Civil Veterinary Department Bihar & Orissa reports 1922-29 - 1922-1929
Year: 1922
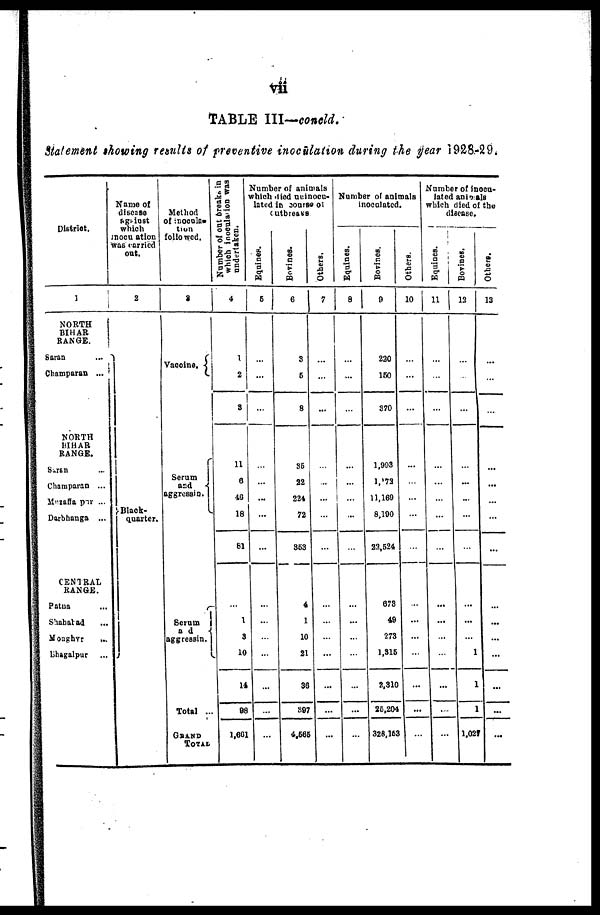
vii
TABLE III—concld.
Statement showing results of preventive inoculation during the year 1928-29.
District.
1
NORTH
BIHAR
RANGE.
Saran
...
Champaran ...
NORTH
BIHAR
RANGE.
Saran
Champaran ...
Muzaffarpur ...
Darbhanga ...
CENTRAL
RANGE.
Patna
Shahabad
Monghyr
Bhagalpur
Name of
disease
against
which
nocuation
was carried
out.
2
Black-
quarter.
Method
of noonoca
tion
followed.
3
Serum
and
aggressin.
Serum
a d
aggrssin.
Total ...
Grand
Total
t breaks in
was
Number of on
which inocu
undertaken.
4
3
11
0
40
18
81
...
1
3
10
14
08
1,661
Number of animals
which died uninocu-
lated in source of
out breaks
Equi nes .
5
...
...
...
...
...
!
...
...
Bovines.
6
6
8
35
22
224
72
363
4
1
10
21
36
807
4,585
Others.
7
...
...
...
...
...
...
...
...
Number of animals
Inoculated.
Equines.
8
...
...
...
...
...
...
Bovines.
9
220
160
370
1.903
l,173
11,169
8,100
23,524
678
49
273
1,316
2,810
26,204
328,163
Others.
10
...
...
Number of inocu-
lated animals
which died of the
disease.
Equines.
11
...
...
Bovines.
13
...
...
1
1
1
1,027
Ot her s .
14
...
...
...
...